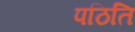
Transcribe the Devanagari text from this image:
पठिति